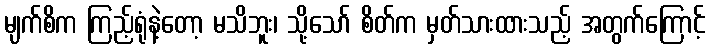
မျက်စိက ကြည့်ရုံနဲ့တော့ မသိဘူး၊ သို့သော် စိတ်က မှတ်သားထားသည့် အတွက်ကြောင့်